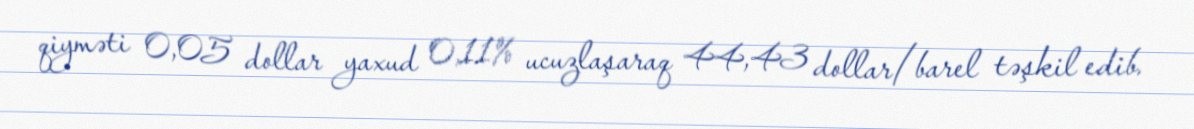
qiyməti 0,05 dollar yaxud 0,11% ucuzlaşaraq 44,43 dollar/barel təşkil edib.